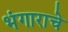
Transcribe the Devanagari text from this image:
भंगाराचे